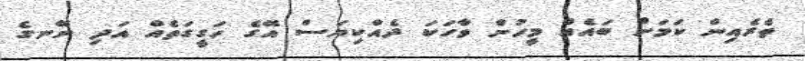
ތެރެއިން ކަމަށް ބައެއް މީހުން ވާހަކަ ދެއްކިޔަސް އޭގެ ހަގީގަތެއް އަދި ނޭނގެ